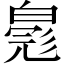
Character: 𬐐